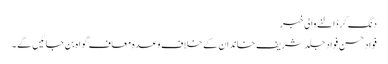
دنگ کر ڈالنے والی خبر
فواد حسن فواد جلد شریف خاندان کے خلاف وعدہ معاف گواہ بن جائیں گے ۔